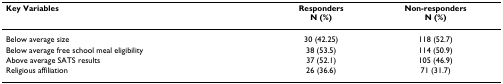
<table><thead><tr><td><b>Key Variables</b></td><td><b>RespondersN (%)</b></td><td><b>Non-respondersN (%)</b></td></tr></thead><tbody><tr><td>Below average size</td><td>30 (42.25)</td><td>118 (52.7)</td></tr><tr><td>Below average free school meal eligibility</td><td>38 (53.5)</td><td>114 (50.9)</td></tr><tr><td>Above average SATS results</td><td>37 (52.1)</td><td>105 (46.9)</td></tr><tr><td>Religious affiliation</td><td>26 (36.6)</td><td>71 (31.7)</td></tr></tbody></table>